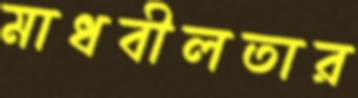
মাধবীলতার